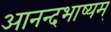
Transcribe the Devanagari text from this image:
आनन्दभाष्यम्